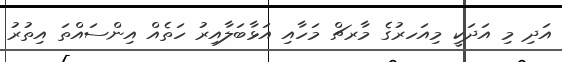
އަދި މި އަދަކީ މިއަހރުގެ މާރޗް މަހާއި އަޅާބަލާއިރު ހަތެއް އިންސައްތަ އިތުރު